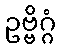
ဥဗ္ဗိဂ္ဂံ